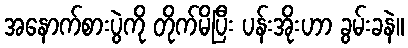
အနောက်စားပွဲကို တိုက်မိပြီး ပန်းအိုးဟာ ခွမ်းခနဲ။